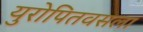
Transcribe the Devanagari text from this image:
युरोपितवसला